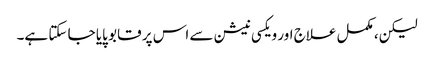
لیکن، مکمل علاج اور ویکسی نیشن سے اس پر قابو پایا جا سکتا ہے۔